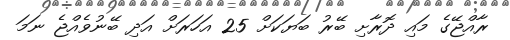
ރާއްޖޭގެ މައި ދޮރާށި ބޭރު ބަޔަކަށް 25 އަހަރަށް އަދި ބޭނުވެއްޖެ ނަމަ